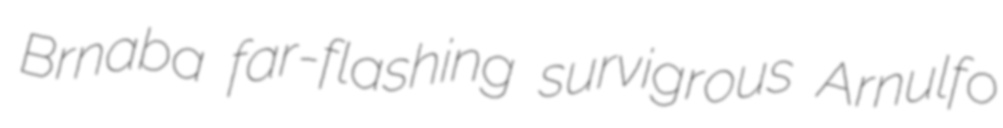
Brnaba far-flashing survigrous Arnulfo